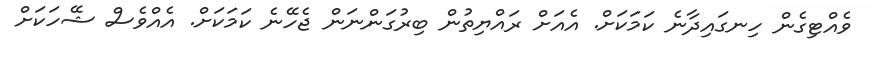
ވެއްޓިގެން ހިނގައިދާނެ ކަމަކަށް. އެއަށް ރައްޔިތުން ބިރުގަންނަން ޖެހޭނެ ކަމަކަށް. އެއްވެސް ޝޭހަކަށް